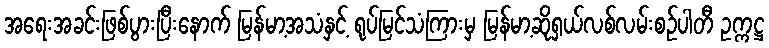
အရေးအခင်းဖြစ်ပွားပြီးနောက် မြန်မာ့အသံနှင့် ရုပ်မြင်သံကြားမှ မြန်မာ့ဆိုရှယ်လစ်လမ်းစဉ်ပါတီ ဥက္ကဋ္ဌ